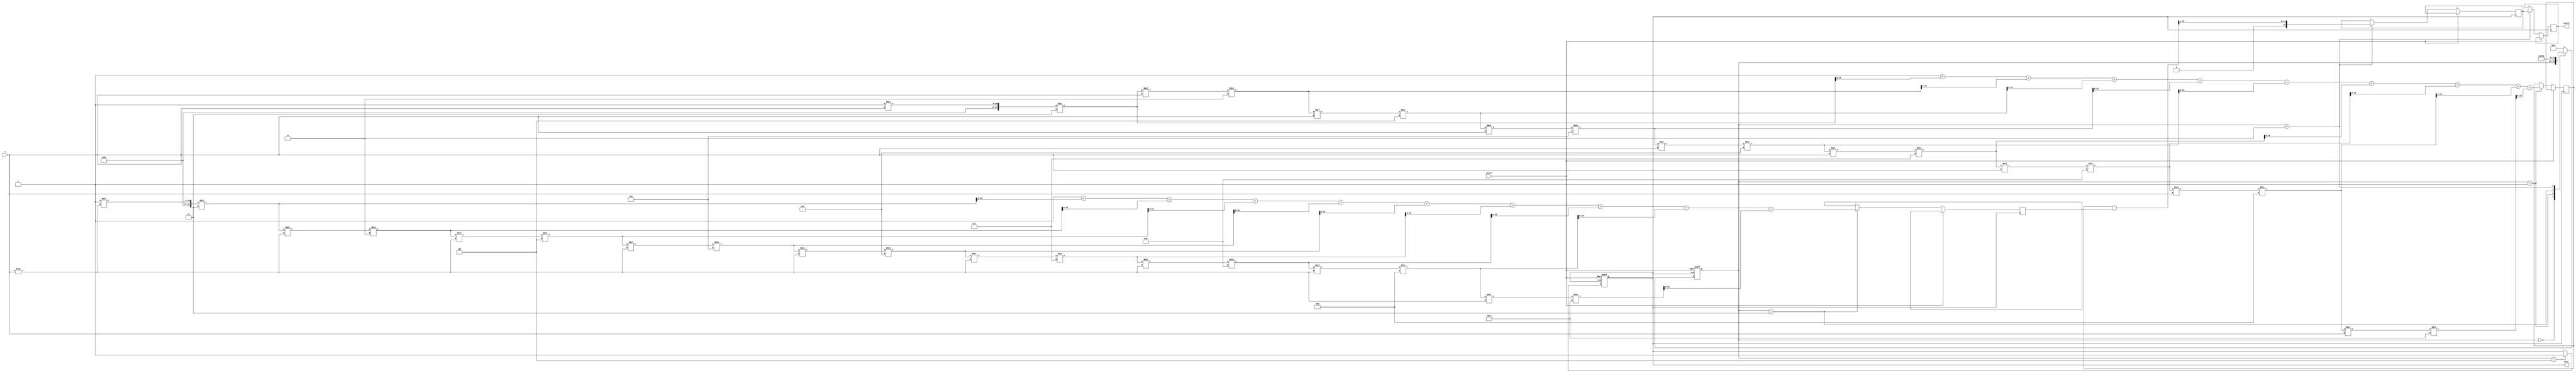
module sinh_block (
    input wire [15:0] x,       // Input value (fixed-point representation)
    input wire start,          // Start signal for computation
    output reg [15:0] result,  // Output value (sinh(x))
    output reg done            // Done signal
);

    // Parameters for fixed-point representation
    parameter FIXED_POINT_FRACTIONAL_BITS = 8;
    parameter MAX_ITERATIONS = 10; // Number of terms in Taylor series

    reg [15:0] exp_x;           // e^x
    reg [15:0] exp_neg_x;       // e^(-x)
    reg [15:0] temp_result;      // Temporary result for sinh calculation
    reg [3:0] state;            // State variable for FSM
    reg [3:0] iteration;        // Iteration counter

    // State encoding
    localparam IDLE = 4'b0000,
               CALC_EXP_X = 4'b0001,
               CALC_EXP_NEG_X = 4'b0010,
               CALC_SINH = 4'b0011,
               DONE = 4'b0100;

    // Exponential function using Taylor series approximation
    function [15:0] exp_taylor;
        input [15:0] value;
        integer i;
        reg [31:0] term; // To hold intermediate term values
        reg [31:0] sum;  // To hold the sum of terms
        begin
            sum = 32'd1; // e^0 = 1
            term = 32'd1; // First term is 1

            for (i = 1; i < MAX_ITERATIONS; i = i + 1) begin
                term = (term * value) / (i + 1); // Calculate term: x^i / i!
                sum = sum + term; // Add term to sum
            end

            exp_taylor = sum[15:0]; // Return lower 16 bits
        end
    endfunction

    // State machine for computation
    always @(posedge start or posedge done) begin
        if (start) begin
            state <= CALC_EXP_X;
            done <= 0;
            iteration <= 0;
        end else begin
            case (state)
                IDLE: begin
                    // Do nothing
                end

                CALC_EXP_X: begin
                    exp_x <= exp_taylor(x);
                    state <= CALC_EXP_NEG_X;
                end

                CALC_EXP_NEG_X: begin
                    exp_neg_x <= exp_taylor(-x);
                    state <= CALC_SINH;
                end

                CALC_SINH: begin
                    temp_result <= (exp_x - exp_neg_x) >> 1; // (e^x - e^(-x)) / 2
                    result <= temp_result;
                    state <= DONE;
                end

                DONE: begin
                    done <= 1;
                    state <= IDLE; // Reset state
                end

                default: state <= IDLE; // Reset on unknown state
            endcase
        end
    end

endmodule